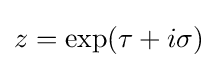
z=\exp(\tau +i\sigma )